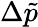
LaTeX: \Delta\tilde{p}